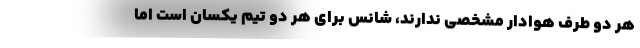
هر دو طرف هوادار مشخصی ندارند، شانس برای هر دو تیم یکسان است اما